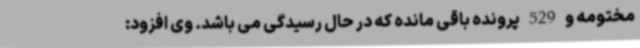
مختومه و 529 پرونده باقی مانده که در حال رسیدگی می باشد. وی افزود: